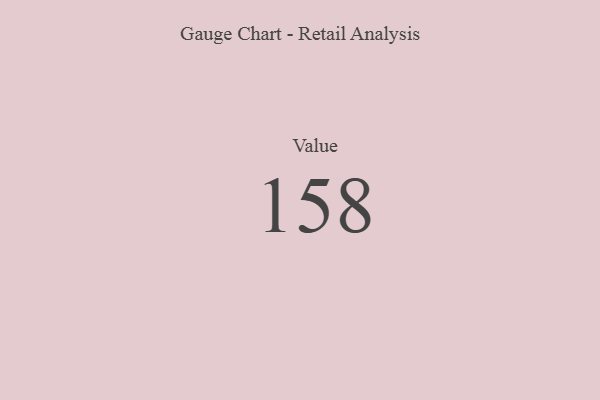
{"axis": {"x": "Metric", "y": "Value"}, "legend": [""], "data": [{"x": "Value", "y": 158, "type": ""}]}